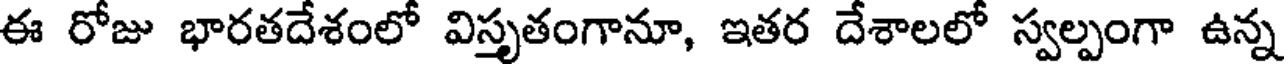
ఈ రోజు భారతదేశంలో విస్తృతంగానూ, ఇతర దేశాలలో స్వల్పంగా ఉన్న